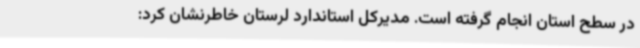
در سطح استان انجام گرفته است. مدیرکل استاندارد لرستان خاطرنشان کرد: